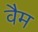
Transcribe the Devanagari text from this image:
वैम